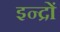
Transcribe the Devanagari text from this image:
इन्द्रों